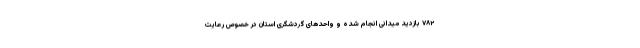
۷۸۲ بازدید میدانی انجام شده و واحدهای گردشگری استان در خصوص رعایت